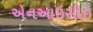
એનઆઇસીઇ